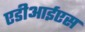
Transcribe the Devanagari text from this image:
एडीआईएस